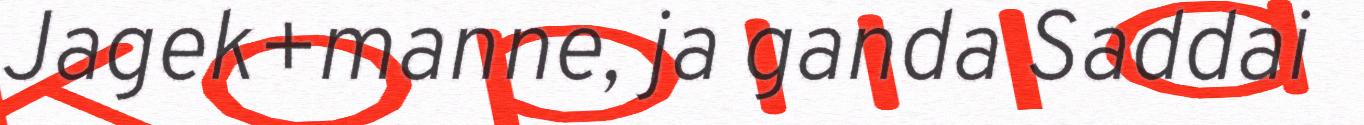
Jagek+manne, ja ganda Saddai